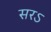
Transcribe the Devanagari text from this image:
सरऽ